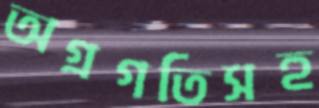
অগ্রগতিসহ